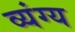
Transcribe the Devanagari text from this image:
व्‍यंग्य